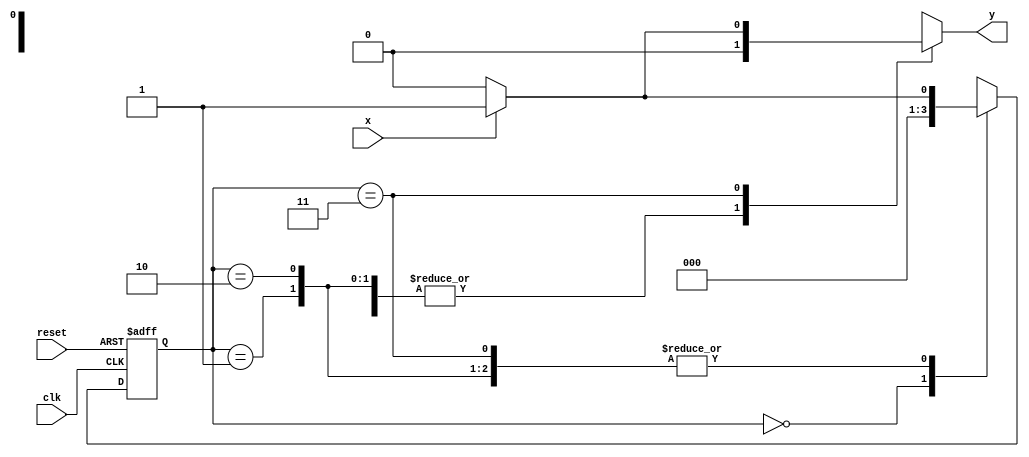
// --Nome: Jorge Luis
// --Matricula: 417466
// -------------------- 
// --- Mealy-Moore FSM 
// -------------------- 
// 
`define found    1
`define notfound 0

module Circuito( y, x, clk, reset );
 output y;
 input  x;
 input  clk;
 input  reset;

 reg    y;

 parameter         
   start  = 2'b00,
   id1    = 2'b01,
   id11   = 2'b10,
   id110  = 2'b11;

   reg [1:0] E1;	// current state variables
   reg [1:0] E2;	// next state logic output

   always @( x or E1 )
    begin
     y = `notfound;
     case ( E1 )
      start:
        if ( x )
         E2 = start;
        else
         E2 = start;
      id1:
        if ( x )
         E2 = id1;
        else
         E2 = start;
      id11:
        if ( x )
         E2 = id1;
        else
         E2 = start;
      id110:
        if ( x )
	 begin
	   E2 =  id1;
	   y  = `found;
	 end
	else
	 begin
	   E2 =  start;
	   y  = `notfound;
	 end
      default:   // undefined state
           E2 =  2'bxx;
     endcase
    end // always at signal or state changing
	 
   always @( posedge clk or negedge reset )
    begin
     if ( reset )
      E1 = E2;    // updates current state
     else
      E1 = 0;     // reset
    end 

endmodule//module Circuito


module Exemplo0054; 
reg clk, reset, x; 
wire saida;
 
Circuito circ( saida, x, clk, reset ); 

initial 
begin 
$display ( "Guia 07 - Jorge Luis dos Santos Leal" );
$display ( "Circuito" ); 

// initial values 
clk = 1; 
reset = 1; 
x = 0; 

// input signal changing 
#5 reset = 1; 
#10 x = 101; 
#10 x = 0; 
#10 x = 1; 
#10 x = 0; 
#10 x = 1; 
 
#30 $finish; 
end // initial
 
always 
#13 clk = ~clk; 

always @( posedge clk ) 
begin 
$display ( "%4d %4b", $time,saida); 
end // always at positive edge clocking changing 
endmodule // Exemplo0053